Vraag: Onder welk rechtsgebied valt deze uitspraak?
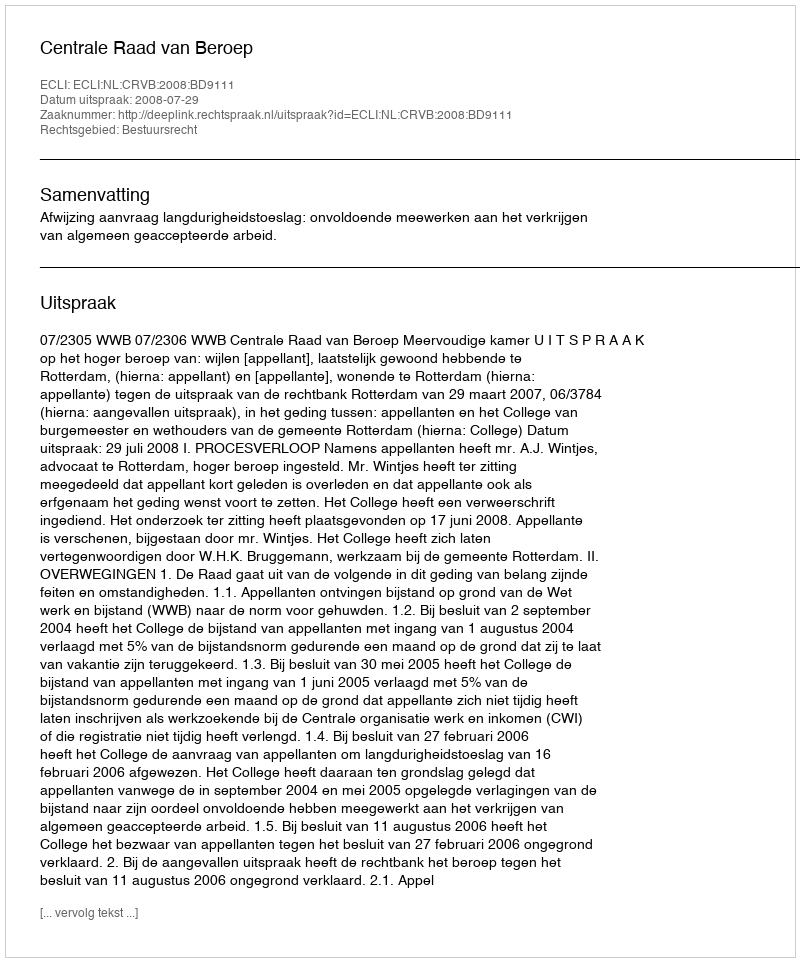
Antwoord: Bestuursrecht